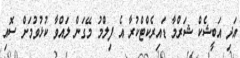
އަދި އަބީޝެކް ޝަރްމާ ޑައިރެކްޓްކުރާ އެ ފިލްމު މޭގަން ލައްވާ ކުޅުވުމަށް ސޮއި